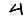
Digit: 4